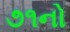
૭૧નો